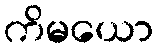
ကိမယော